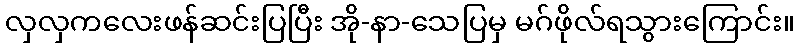
လှလှကလေးဖန်ဆင်းပြပြီး အို-နာ-သေပြမှ မဂ်ဖိုလ်ရသွားကြောင်း။